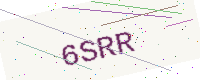
Text: 6SRR